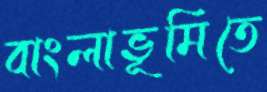
বাংলাভূমিতে